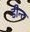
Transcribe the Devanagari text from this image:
डीन्ट